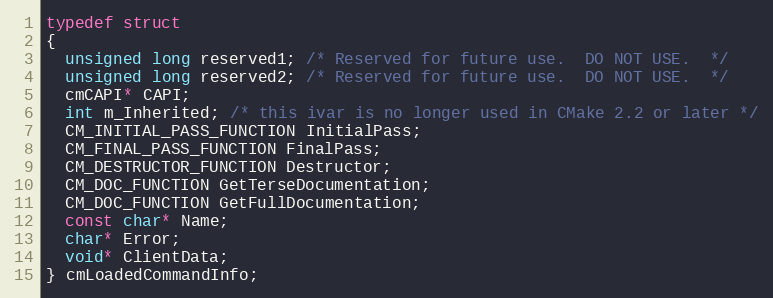
Language: C
typedef struct
{
  unsigned long reserved1; /* Reserved for future use.  DO NOT USE.  */
  unsigned long reserved2; /* Reserved for future use.  DO NOT USE.  */
  cmCAPI* CAPI;
  int m_Inherited; /* this ivar is no longer used in CMake 2.2 or later */
  CM_INITIAL_PASS_FUNCTION InitialPass;
  CM_FINAL_PASS_FUNCTION FinalPass;
  CM_DESTRUCTOR_FUNCTION Destructor;
  CM_DOC_FUNCTION GetTerseDocumentation;
  CM_DOC_FUNCTION GetFullDocumentation;
  const char* Name;
  char* Error;
  void* ClientData;
} cmLoadedCommandInfo;